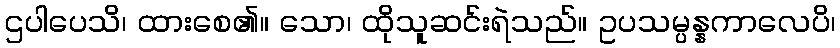
ဌပါပေသိ၊ ထားစေ၏။ သော၊ ထိုသူဆင်းရဲသည်။ ဥပသမ္ပန္နကာလေပိ၊